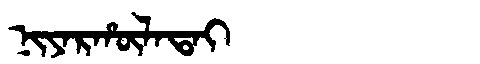
Manchu: ᠨᡳᠶᠠᡵᡥᡡᠯᠠᡨᠠᡳ
Romanization: NIYARHŪLATAI